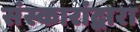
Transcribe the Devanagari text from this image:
संस्कारांद्वारा